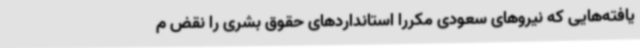
یافته‌هایی که نیروهای سعودی مکررا استانداردهای حقوق بشری را نقض م